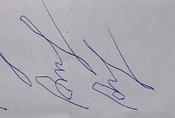
Signature authenticity: forged